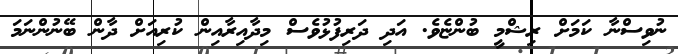
ނުވިސްނާ ކަމަށް ރިޝްމީ ބުންޏެވެ. އަދި ދަރިފުޅުވެސް މިދާއިރާއިން ކުރިއަށް ދާން ބޭނުންނަމަ